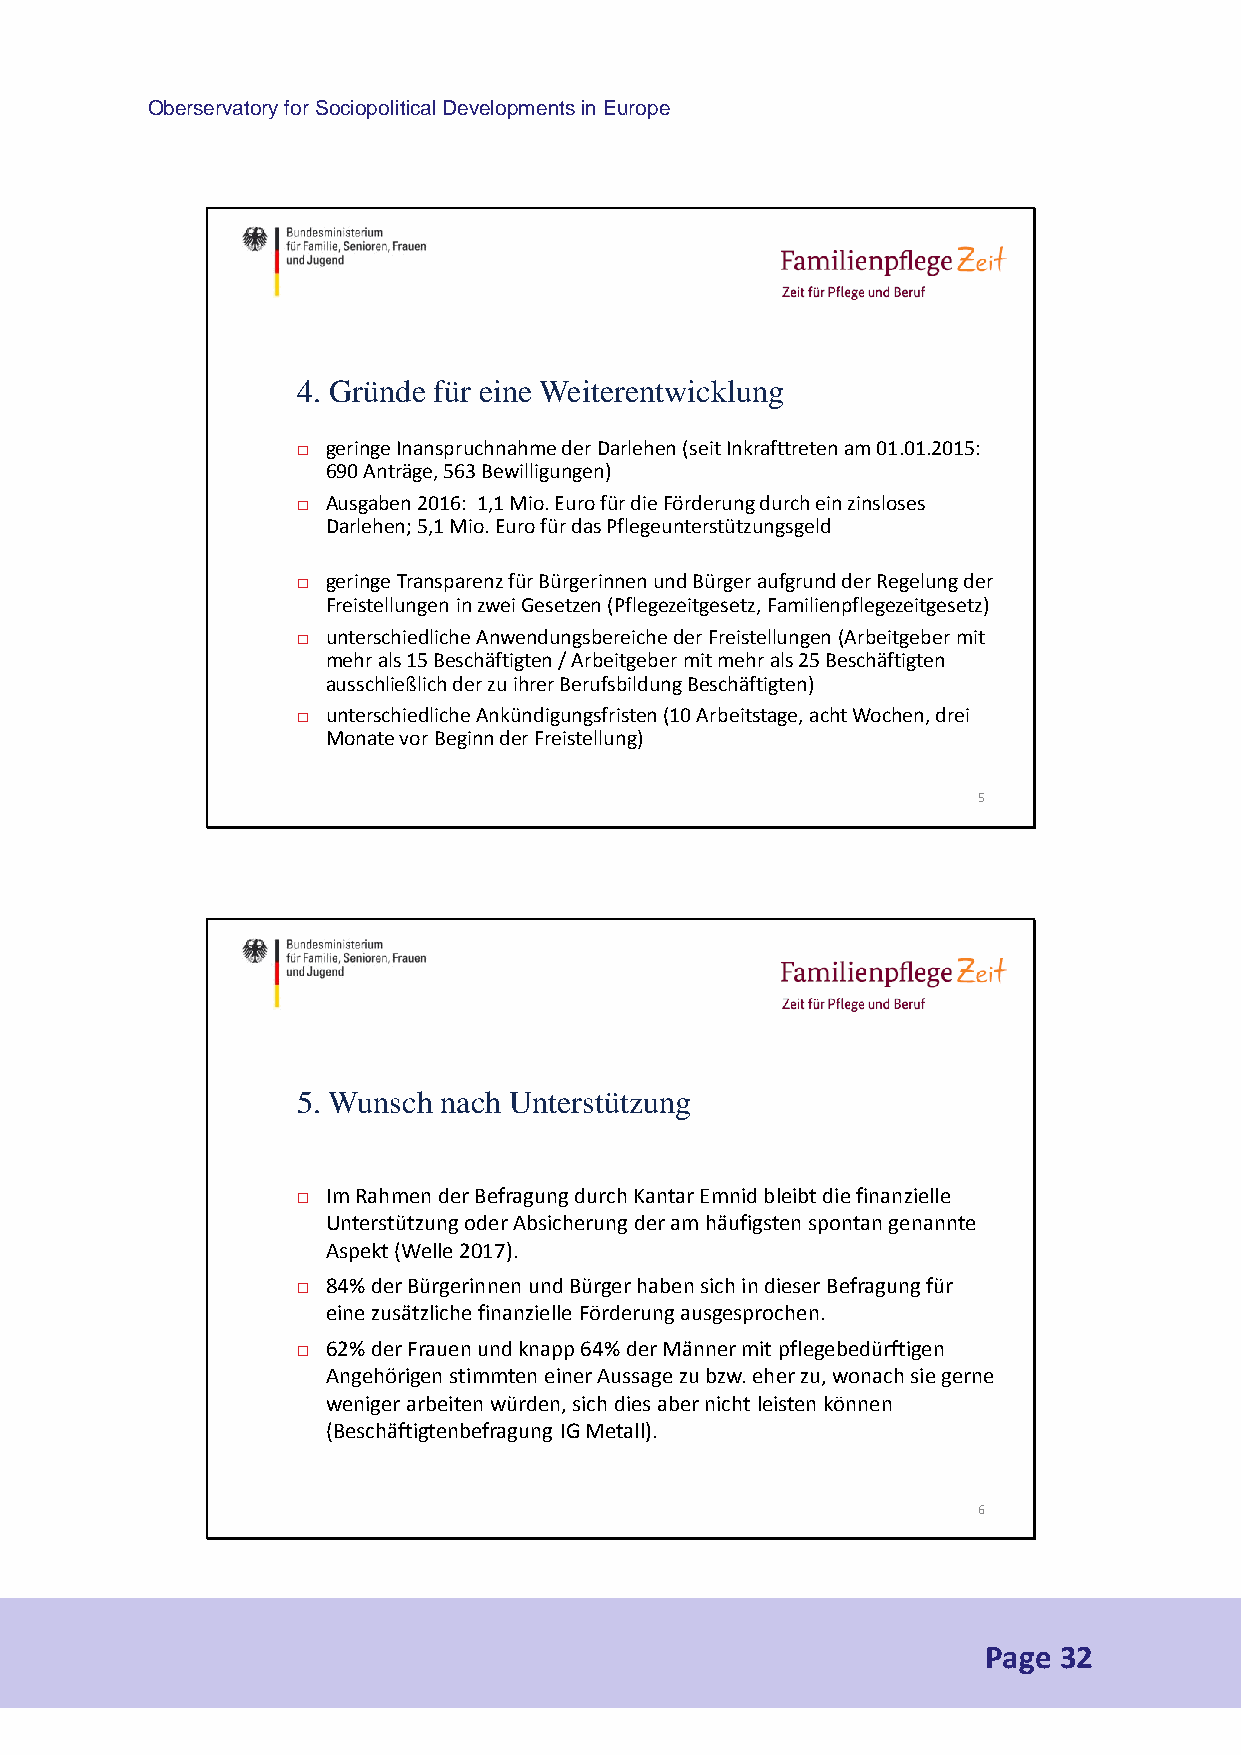
Oberservatory for Sociopolitical Developments in Europe
 4. Gründe für eine Weiterentwicklung
  geringe Inanspruchnahme der Darlehen (seit Inkrafttreten am 01.01.2015:
 690 Anträge, 563 Bewilligungen)
  Ausgaben 2016: 1,1 Mio. Euro für die Förderung durch ein zinsloses
 Darlehen; 5,1 Mio. Euro für das Pflegeunterstützungsgeld
  geringe Transparenz für Bürgerinnen und Bürger aufgrund der Regelung der
 Freistellungen in zwei Gesetzen (Pflegezeitgesetz, Familienpflegezeitgesetz)
  unterschiedliche Anwendungsbereiche der Freistellungen (Arbeitgeber mit
 mehr als 15 Beschäftigten / Arbeitgeber mit mehr als 25 Beschäftigten
 ausschließlich der zu ihrer Berufsbildung Beschäftigten)
  unterschiedliche Ankündigungsfristen (10 Arbeitstage, acht Wochen, drei
 Monate vor Beginn der Freistellung)
 5
 5. Wunsch nach Unterstützung
  Im Rahmen der Befragung durch Kantar Emnid bleibt die finanzielle
 Unterstützung oder Absicherung der am häufigsten spontan genannte
 Aspekt (Welle 2017).
  84% der Bürgerinnen und Bürger haben sich in dieser Befragung für
 eine zusätzliche finanzielle Förderung ausgesprochen.
  62% der Frauen und knapp 64% der Männer mit pflegebedürftigen
 Angehörigen stimmten einer Aussage zu bzw. eher zu, wonach sie gerne
 weniger arbeiten würden, sich dies aber nicht leisten können
 (Beschäftigtenbefragung IG Metall).
 6
 Page 32